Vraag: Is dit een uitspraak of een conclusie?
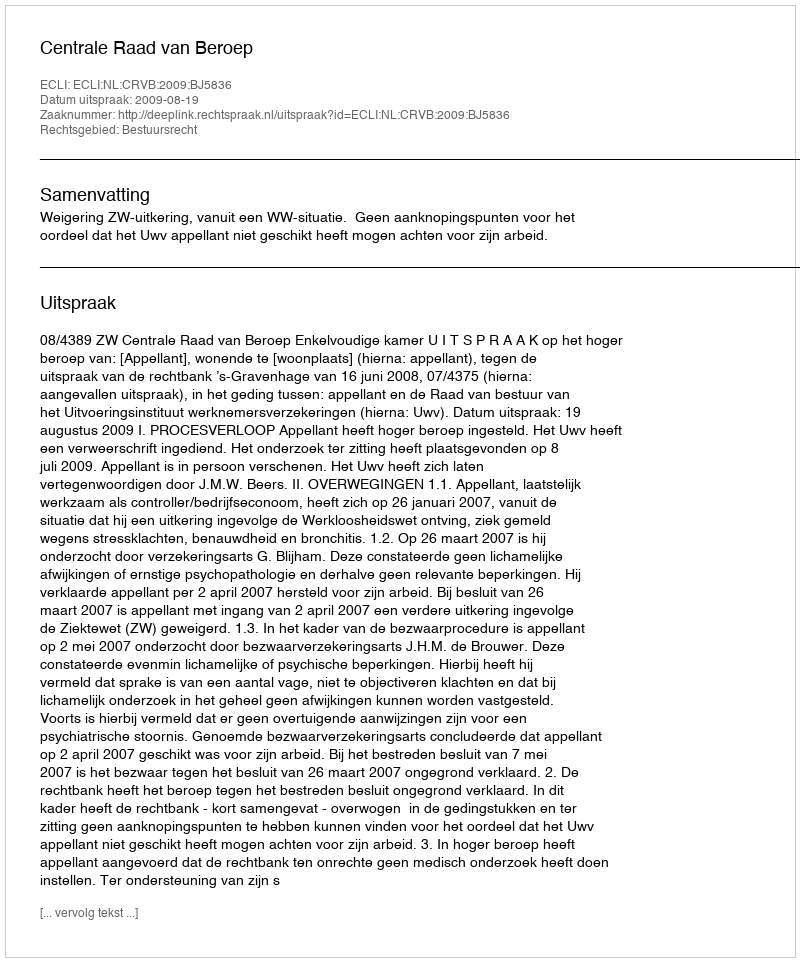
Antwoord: Uitspraak